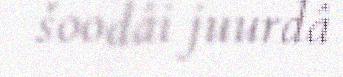
šoodâi juurdâ